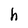
Character: h